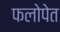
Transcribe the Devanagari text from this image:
फलोपेत